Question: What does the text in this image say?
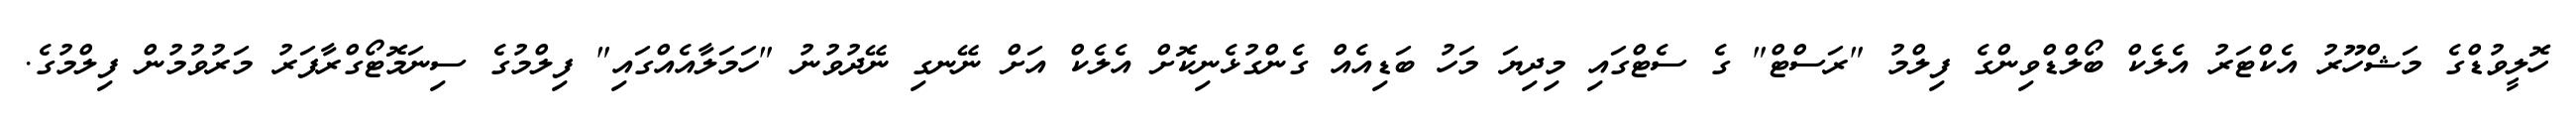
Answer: ހޮލީވުޑްގެ މަޝްހޫރު އެކްޓަރު އެލެކް ބޯލްޑްވިންގެ ފިލްމު "ރަސްޓް" ގެ ސެޓްގައި މިދިޔަ މަހު ބަޑިއެއް ގެންގުޅެނިކޮށް އެލެކް އަށް ނޭނގި ނޭދުވުނު "ހަމަލާއެއްގައި" ފިލްމުގެ ސިނަމޮޓޯގްރާފަރު މަރުވުމުން ފިލްމުގެ.